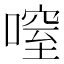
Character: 㗧